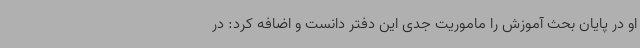
او در پایان بحث آموزش را ماموریت جدی این دفتر دانست و اضافه کرد: در